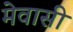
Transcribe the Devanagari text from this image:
मेवासी